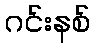
ဂင်းနစ်